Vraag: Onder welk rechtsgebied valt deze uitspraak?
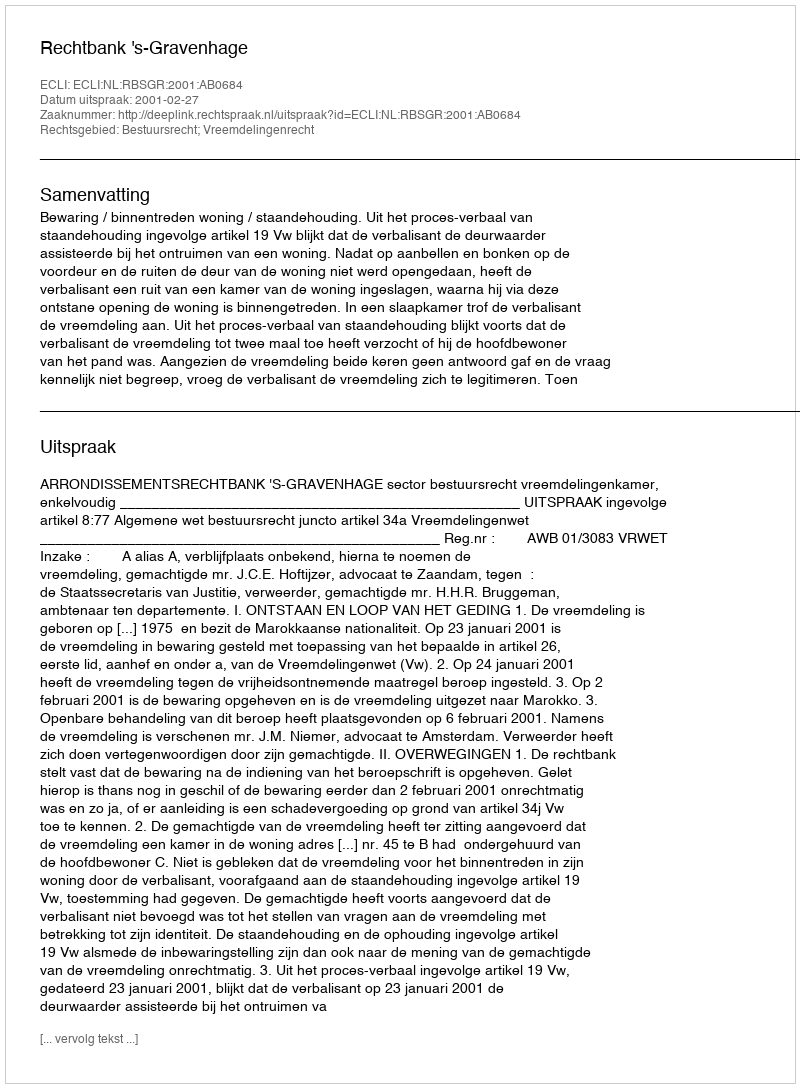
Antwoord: Bestuursrecht; Vreemdelingenrecht